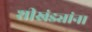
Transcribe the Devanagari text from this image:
शीखंड्यांना